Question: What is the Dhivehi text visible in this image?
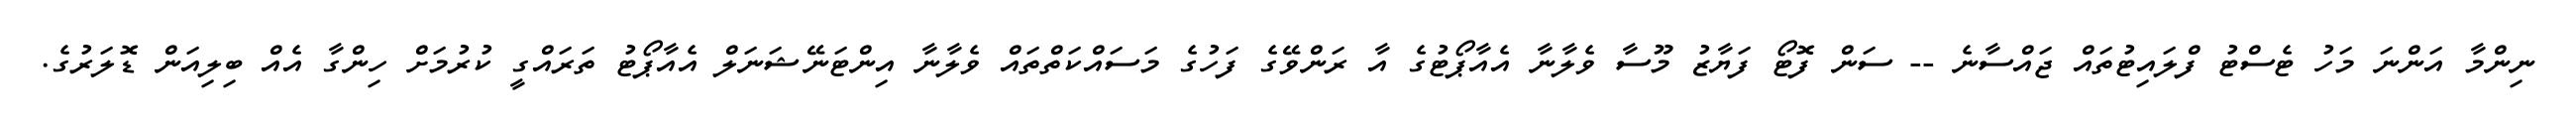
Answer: ނިންމާ އަންނަ މަހު ޓެސްޓު ފްލައިޓުތައް ޖައްސާނެ -- ސަން ފޮޓޯ ފަޔާޒު މޫސާ ވެލާނާ އެއާޕޯޓުގެ އާ ރަންވޭގެ ފަހުގެ މަސައްކަތްތައް ވެލާނާ އިންޓަނޭޝަނަލް އެއާޕޯޓު ތަރައްގީ ކުރުމަށް ހިންގާ އެއް ބިލިއަން ޑޮލަރުގެ.